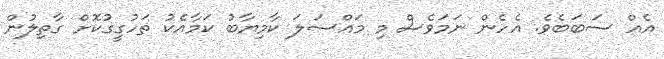
އެއް ސަބަބެވެ. އެހެން ނަމަވެސް މި މައްސަލަ ކާމިޔާބު ކަމާއެކު ތަހުގީގުކޮށް ގާތިލުން